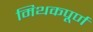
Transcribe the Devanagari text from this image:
मिथकपूर्ण